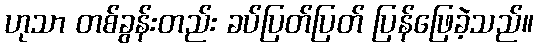
ဟုသာ တစ်ခွန်းတည်း ခပ်ပြတ်ပြတ် ပြန်ဖြေခဲ့သည်။